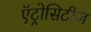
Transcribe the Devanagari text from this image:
ऍट्रोसिटीज